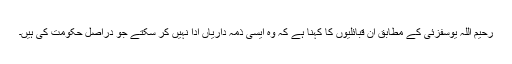
رحیم اللہ یوسفزئی کے مطابق ان قبائلیوں کا کہنا ہے کہ وہ ایسی ذمہ داریاں ادا نہیں کر سکتے جو دراصل حکومت کی ہیں۔